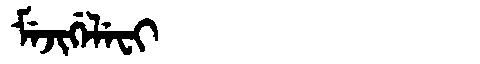
Manchu: ᠮᡝᠵᡳᡤᡝᠯᡝᠸᡳ
Romanization: MEJIGELEFI